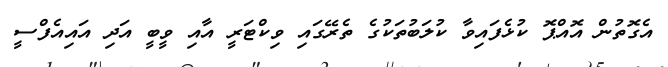
އެގޮތުން އޮއްޕޮ ކުޅެފައިވާ ކުލަބުތަކުގެ ތެރޭގައި ވިކްޓަރީ އާއި ވީބީ އަދި އައިއެފްސީ